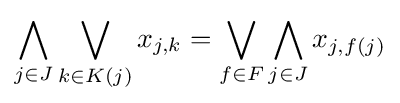
\bigwedge _{j\in J}\bigvee _{k\in K(j)}x_{j,k}=\bigvee _{f\in F}\bigwedge _{j\in J}x_{j,f(j)}